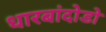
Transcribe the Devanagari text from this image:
धारबांदोडाे